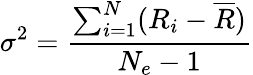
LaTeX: \sigma^{2}=\frac{\sum_{i=1}^{N}(R_{i}-\overline{{R}})}{N_{e}-1}